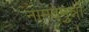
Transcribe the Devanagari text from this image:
नामदेमुन्नों